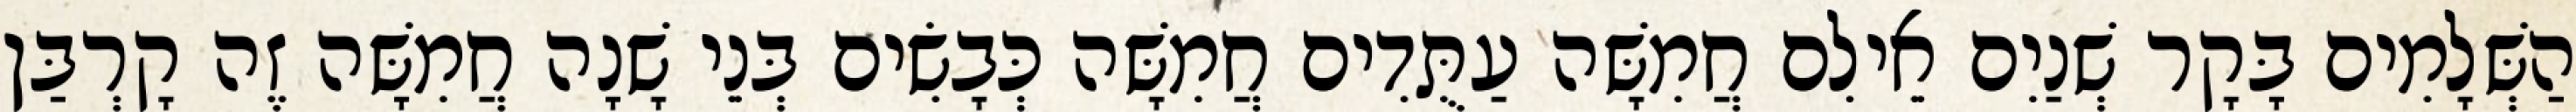
הַשְּׁלָמִים בָּקָר שְׁנַיִם אֵילִם חֲמִשָּׁה עַתֻּדִים חֲמִשָּׁה כְּבָשִׂים בְּנֵי שָׁנָה חֲמִשָּׁה זֶה קָרְבַּן